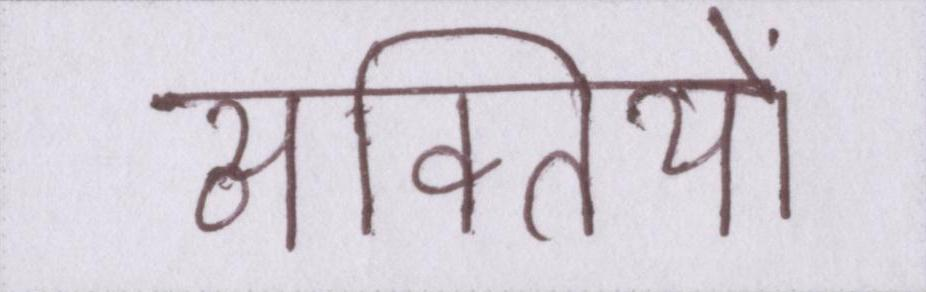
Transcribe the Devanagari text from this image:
व्यक्तियों